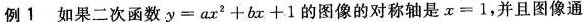
例1 如果二次函数$$y = a x ^ { 2 } + b x + 1$$的图像的对称轴是$$x = 1$$，并且图像通